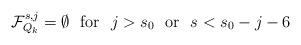
LaTeX: \begin{align*}\mathcal{F}^{s,j}_{Q_k}=\emptyset \ \ \mathrm{for} \ \ j> s_0\ \ \mathrm{or} \ \ s<s_0-j-6\end{align*}